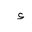
Letter: _hamza